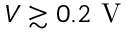
V \gtrsim 0 . 2 \mathrm { ~ V ~ }